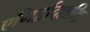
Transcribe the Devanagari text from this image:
एभिर्द्वादशभिः